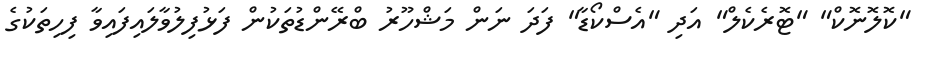
"ކޮލޮނޮކް" "ޓޮރެކެލް" އަދި "އެސްކޯޑާ" ފަދަ ނަން މަޝްހޫރު ބްރޭންޑުތަކުން ފަޅުފިލުވާލައިފައިވާ ފިހިތަކުގެ